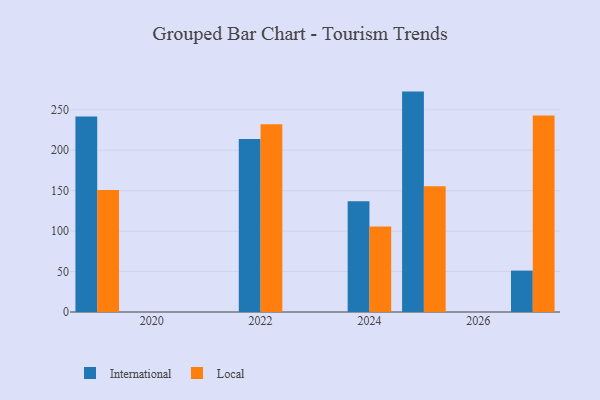
{"axis": {"x": "Year", "y": "Satisfaction Score"}, "legend": ["International", "Local"], "data": [{"x": "2025", "y": 272.5, "type": "International"}, {"x": "2025", "y": 155.6, "type": "Local"}, {"x": "2022", "y": 213.8, "type": "International"}, {"x": "2022", "y": 232.0, "type": "Local"}, {"x": "2024", "y": 137.0, "type": "International"}, {"x": "2024", "y": 105.7, "type": "Local"}, {"x": "2019", "y": 241.7, "type": "International"}, {"x": "2019", "y": 150.7, "type": "Local"}, {"x": "2027", "y": 51.2, "type": "International"}, {"x": "2027", "y": 243.1, "type": "Local"}]}